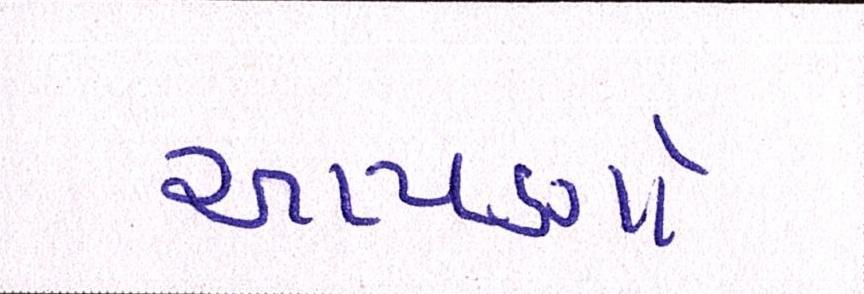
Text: આપણો